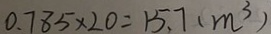
0 . 7 8 5 \times 2 0 = 1 5 . 7 ( m ^ { 3 } )